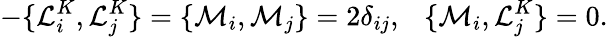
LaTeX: -\{ \mathcal{L}_{i}^{K},\mathcal{L}_{j}^{K}\} =\{ \mathcal{M}_{i},\mathcal{M}_{j}\} =2\delta_{ij},~~~\{ \mathcal{M}_{i},\mathcal{L}_{j}^{K}\} =0.